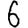
Digit: 6